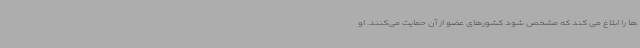
ها را ابلاغ می کند که مشخص شود کشورهای عضو از آن حمایت می‌کنند. او